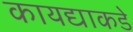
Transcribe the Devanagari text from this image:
कायद्याकडे